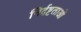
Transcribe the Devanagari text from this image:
निर्दष्टताओं